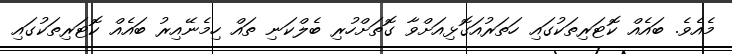
މެއެވެ. ބައެއް ކޮޓަރިތަކުގައި ހަތަރުއަގޮޅިއަށްވާ ގޮތަށްހުރި ބެލްކަނި ތައް ހިމެނޭއިރު ބައެއް ކޮޓަރިތަކުގައި